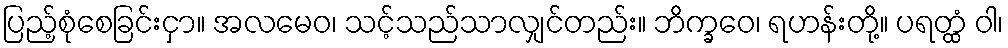
ပြည့်စုံစေခြင်းငှာ။ အလမေဝ၊ သင့်သည်သာလျှင်တည်း။ ဘိက္ခဝေ၊ ရဟန်းတို့။ ပရတ္ထံ ဝါ၊